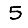
Digit: 5